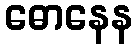
ဓောနေန